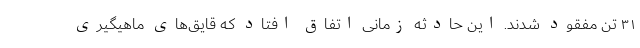
۳۱ تن مفقود شدند. این حادثه زمانی اتفاق افتاد که قایق‌های ماهیگیری